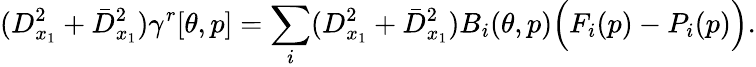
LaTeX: (D_{x_{1}}^{2}+\bar{D}_{x_{1}}^{2})\gamma^{r}[\theta,p]=\sum_{i}(D_{x_{1}}^{2}+\bar{D}_{x_{1}}^{2})B_{i}(\theta,p)\Big(F_{i}(p)-P_{i}(p)\Big).